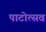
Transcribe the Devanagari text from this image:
पाटोत्सव